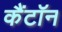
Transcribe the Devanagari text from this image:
कैंटॉन